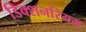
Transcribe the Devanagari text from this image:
डिक्शनरियम्